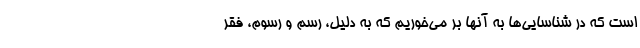
است که در شناسایی‌ها به آنها بر می‌خوریم که به دلیل، رسم و رسوم، فقر